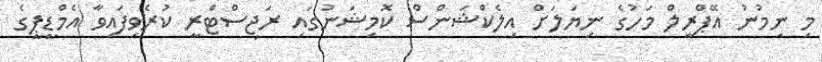
މި ނިމުނު އޭޕްރީލް މަހުގެ ނިޔަލަށް އިލެކްޝަންސް ކޮމިޝަނުގައި ރަޖިސްޓްރީ ކުރެވިފައިވާ އެމްޑީޕީގެ